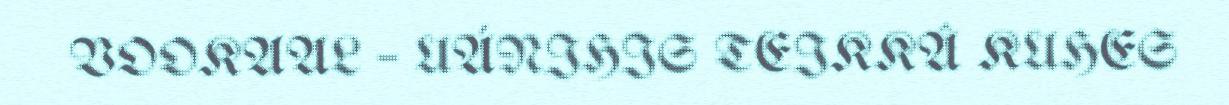
VOOKAAL – UÁNIHIS TEIKKÂ KUHES